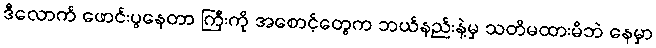
ဒီလောက် ဖောင်းပွနေတာ ကြီးကို အစောင့်တွေက ဘယ်နည်းနဲ့မှ သတိမထားမိဘဲ နေမှာ